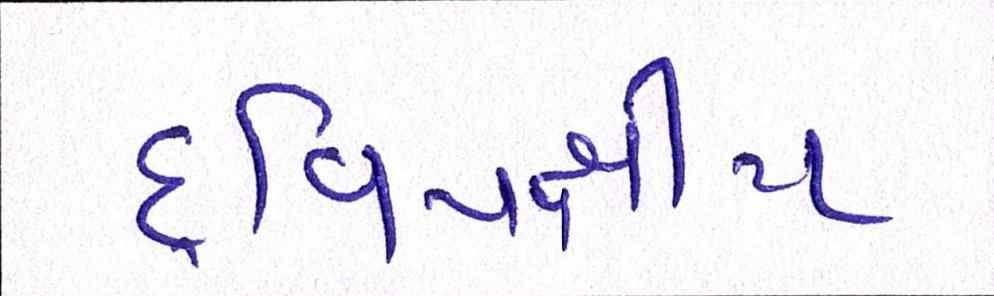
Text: દ્વિપક્ષીય